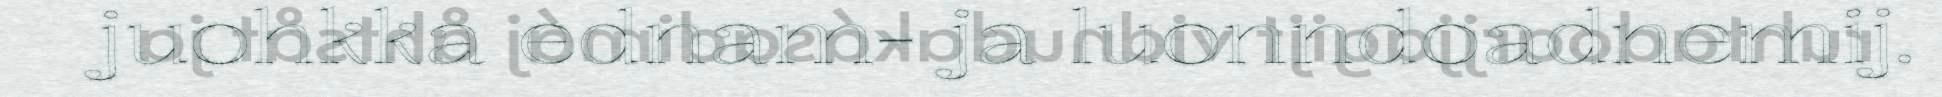
juohkka ednam- ja luonndoadnemij.